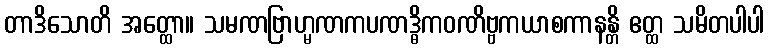
တာဒိသောတိ အတ္ထော။ သမဏဗြာဟ္မဏကပဏဒ္ဓိကဝဏိဗ္ဗကယာစကာနန္တိ ဧတ္ထ သမိတပါပါ